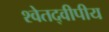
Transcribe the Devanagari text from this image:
श्वेतद्वीपीय